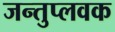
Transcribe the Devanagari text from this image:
जन्तुप्लवक